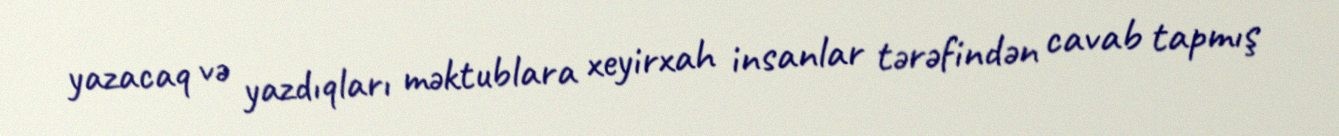
yazacaq və yazdıqları məktublara xeyirxah insanlar tərəfindən cavab tapmış